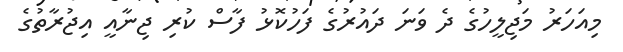
މިއަހަރު މަޖިލީހުގެ ދެ ވަނަ ދައުރުގެ ފަހުކޮޅު ފާސް ކުރި ޖިނާއީ އިޖުރާތުގެ